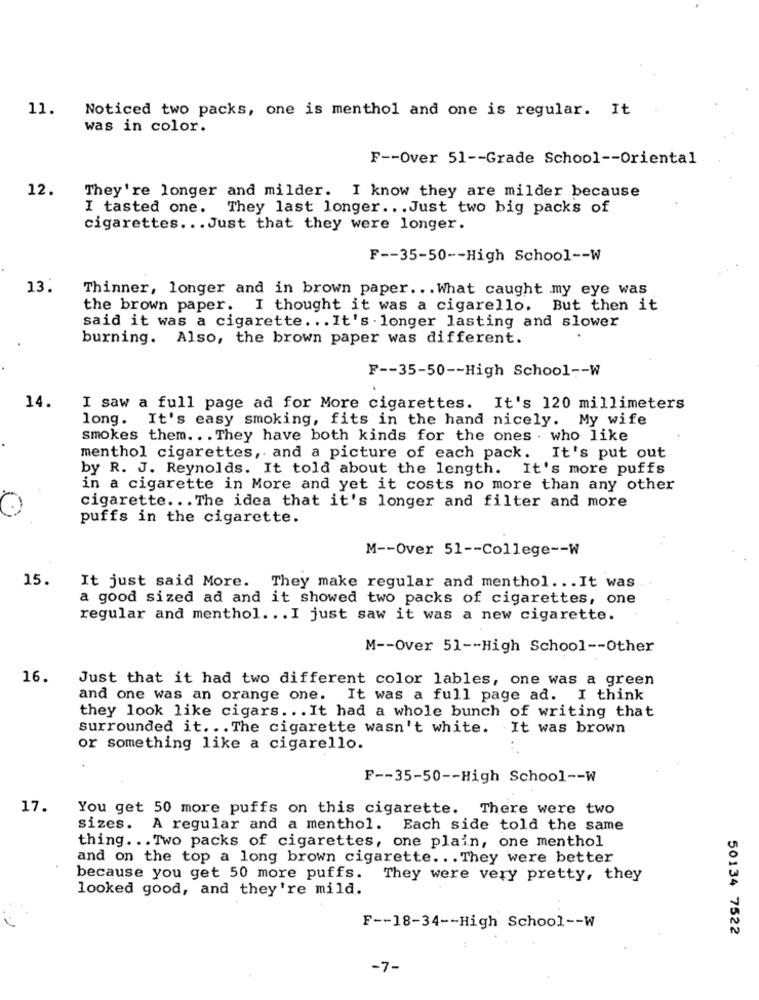
11.
Noticed two packs, one is menthol and one is regular. It
was in color.
F -- Over 51 -- Grade School -- Oriental
12.
They're longer and milder. I know they are milder because
I tasted one. They last longer .. . Just two big packs of
cigarettes ... Just that they were longer.
F -- 35-50 -- High School -- W
13.
Thinner, longer and in brown paper ... What caught my eye was
the brown paper. I thought it was a cigarello. But then it
said it was a cigarette ... It's . longer lasting and slower
burning. Also, the brown paper was different.
F -- 35-50 -- High School -- W
14.
I saw a full page ad for More cigarettes. It's 120 millimeters
long. It's easy smoking, fits in the hand nicely. My wife
smokes them. .. They have both kinds for the ones . who like
menthol cigarettes, and a picture of each pack. It's put out
by R. J. Reynolds. It told about the length. It's more puffs
in a cigarette in More and yet it costs no more than any other
cigarette ... The idea that it's longer and filter and more
puffs in the cigarette.
M -- Over 51 -- College -- W
15.
It just said More. They make regular and menthol. .. It was
a good sized ad and it showed two packs of cigarettes, one
regular and menthol ... I just saw it was a new cigarette.
M -- Over 51 -- High School -- Other
16.
Just that it had two different color lables, one was a green
and one was an orange one. It was a full page ad. I think
they look like cigars ... It had a whole bunch of writing that
surrounded it. .. The cigarette wasn't white. It was brown
or something like a cigarello.
F -- 35-50 -- High School -- W
17.
You get 50 more puffs on this cigarette. There were two
sizes. A regular and a menthol. Each side told the same
thing ... Two packs of cigarettes, one plain, one menthol
and on the top a long brown cigarette. .. They were better
because you get 50 more puffs. They were very pretty, they
looked good, and they're mild.
F -- 18-34 -- High School -- W
50134 7522
-7-